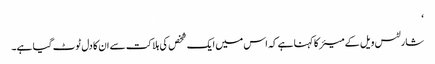
‘
شارلٹس ویل کے میئر کا کہنا ہے کہ اس میں ایک شخص کی ہلاکت سے ان کا دل ٹوٹ گیا ہے۔